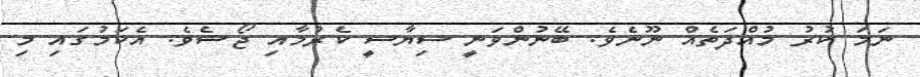
ނަމަ ކުރު މުއްދަތެއް ނޫނެވެ. ބޭނުންވަނީ ސިޔާސީ ކެރުމާއި ޖޯޝެވެ. އެކަމުގައި މި